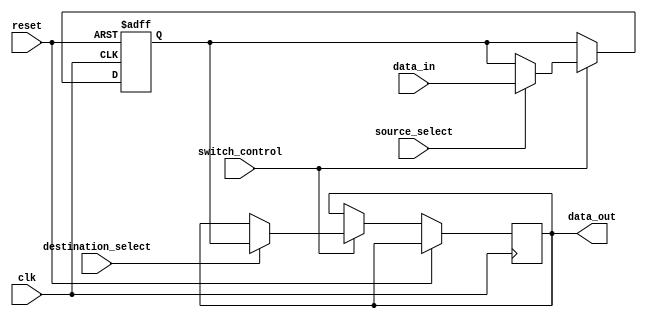
module IO_Blocks_Bus_Switch(
    input wire clk,
    input wire reset,
    input wire [7:0] data_in,
    output wire [7:0] data_out,
    input wire switch_control,
    input wire source_select,
    input wire destination_select
);

reg [7:0] internal_data;

always @(posedge clk or posedge reset) begin
    if (reset) begin
        internal_data <= 8'b0;
    end else begin
        if (switch_control) begin
            if (source_select) begin
                internal_data <= data_in;
            end
            if (destination_select) begin
                data_out <= internal_data;
            end
        end
    end
end

endmodule